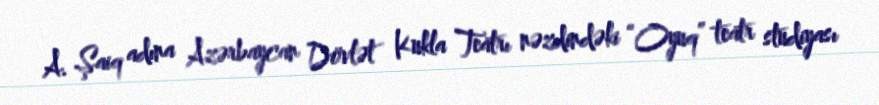
A. Şaiq adına Azərbaycan Dövlət Kukla Teatrı nəzdindəki “Oyuq” teatr studiyası